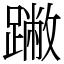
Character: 䠥